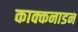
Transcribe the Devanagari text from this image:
काक्कनाडन